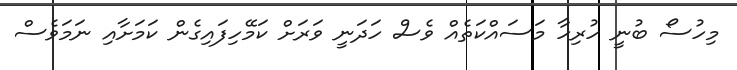
މިހުސޯ ބުނީ ހުރިހާ މަސައްކަތެއް ވެސް ހަދަނީ ވަރަށް ކަމޭހިފައިގެން ކަމަށާއި ނަމަވެސް